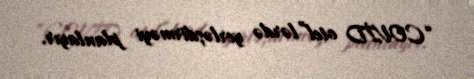
“COVİD otel”lərdə yerləşdirməyi planlayır.